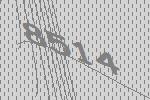
8514